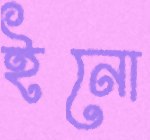
ইনো